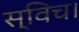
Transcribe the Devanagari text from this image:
स्विच।